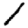
Digit: 1